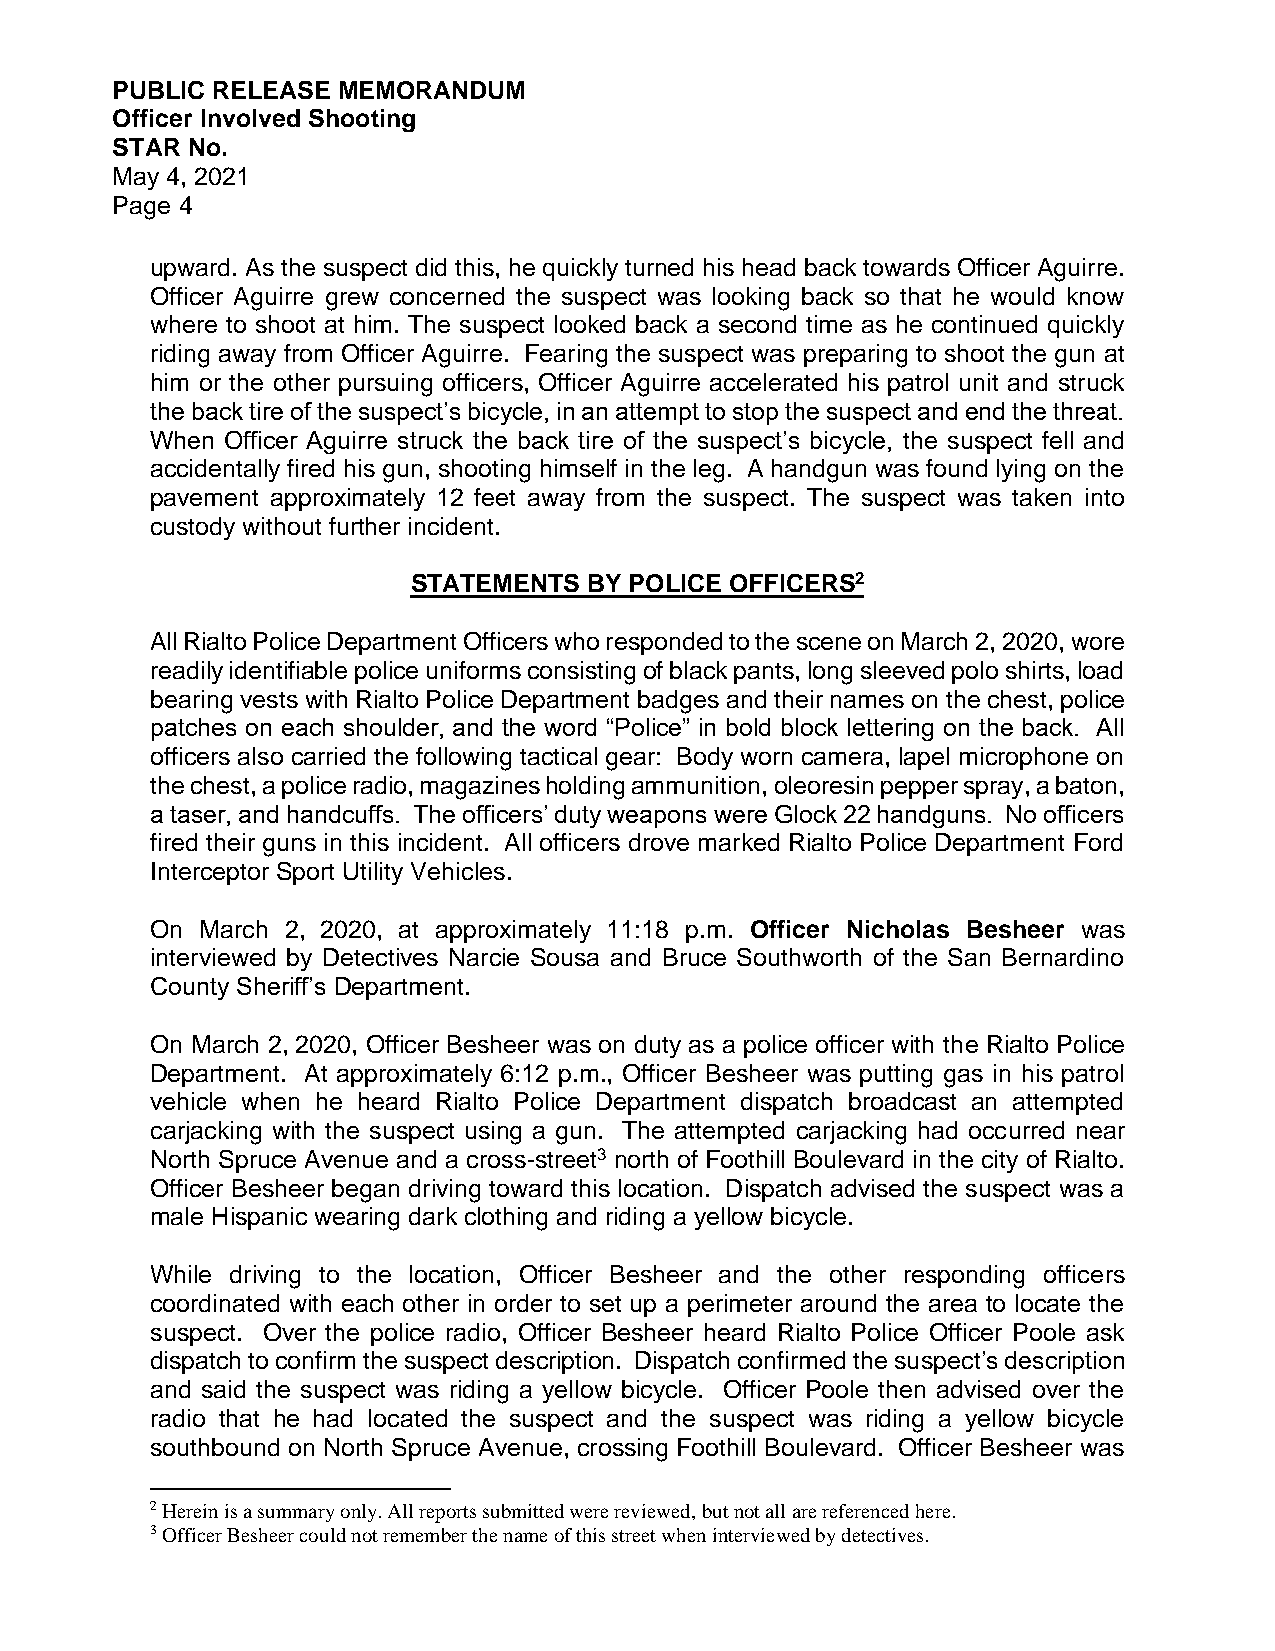
PUBLIC RELEASE MEMORANDUM
 Officer Involved Shooting
 STAR No.
 May 4, 2021
 Page 4
 upward. As the suspect did this, he quickly turned his head back towards Officer Aguirre.
 Officer Aguirre grew concerned the suspect was looking back so that he would know
 where to shoot at him. The suspect looked back a second time as he continued quickly
 riding away from Officer Aguirre. Fearing the suspect was preparing to shoot the gun at
 him or the other pursuing officers, Officer Aguirre accelerated his patrol unit and struck
 the back tire of the suspect’s bicycle, in an attempt to stop the suspect and end the threat.
 When Officer Aguirre struck the back tire of the suspect’s bicycle, the suspect fell and
 accidentally fired his gun, shooting himself in the leg. A handgun was found lying on the
 pavement approximately 12 feet away from the suspect. The suspect was taken into
 custody without further incident.
 STATEMENTS  BY POLICE OFFICERS2
 All Rialto Police Department Officers who responded to the scene on March 2, 2020, wore
 readily identifiable police uniforms consisting of black pants, long sleeved polo shirts, load
 bearing vests with Rialto Police Department badges and their names on the chest, police
 patches on each shoulder, and the word “Police” in bold block lettering on the back. All
 officers also carried the following tactical gear: Body worn camera, lapel microphone on
 the chest, a police radio, magazines holding ammunition, oleoresin pepper spray, a baton,
 a taser, and handcuffs. The officers’ duty weapons were Glock 22 handguns. No officers
 fired their guns in this incident. All officers drove marked Rialto Police Department Ford
 Interceptor Sport Utility Vehicles.
 On March 2, 2020, at approximately 11:18 p.m. Officer Nicholas Besheer was
 interviewed by Detectives Narcie Sousa and Bruce Southworth of the San Bernardino
 County Sheriff’s Department.
 On March 2, 2020, Officer Besheer was on duty as a police officer with the Rialto Police
 Department. At approximately 6:12 p.m., Officer Besheer was putting gas in his patrol
 vehicle when he heard Rialto Police Department dispatch broadcast an attempted
 carjacking with the suspect using a gun. The attempted carjacking had occurred near
 North Spruce Avenue and a cross-street3 north of Foothill Boulevard in the city of Rialto.
 Officer Besheer began driving toward this location. Dispatch advised the suspect was a
 male Hispanic wearing dark clothing and riding a yellow bicycle.
 While driving to the location, Officer Besheer and the other responding officers
 coordinated with each other in order to set up a perimeter around the area to locate the
 suspect. Over the police radio, Officer Besheer heard Rialto Police Officer Poole ask
 dispatch to confirm the suspect description. Dispatch confirmed the suspect’s description
 and said the suspect was riding a yellow bicycle. Officer Poole then advised over the
 radio that he had located the suspect and the suspect was riding a yellow bicycle
 southbound on North Spruce Avenue, crossing Foothill Boulevard. Officer Besheer was
 2 Herein is a summary only. All reports submitted were reviewed, but not all are referenced here.
 3 Officer Besheer could not remember the name of this street when interviewed by detectives.